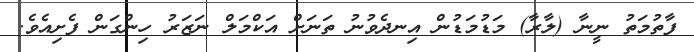
ފާތުމަތު ނީނާ (ލާރާ) މަޑުމަޑުން އިނދެވުނު ތަނަށް އަކްމަލް ނަޒަރު ހިންގަން ފެށިއެވެ.